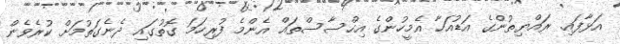
އަޅާފައި. ރައްޔިތުންގެ އަޑުއަހާ އެމީހުންގެ އިހްސާސްތައް އެންމެ ފުރިހަމަ ގޮތުގައި ދެނެގަތުމަށް ކުރެވެން